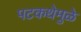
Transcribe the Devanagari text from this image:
पटकथेमुळे